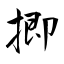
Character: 揤